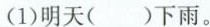
(1)明天( )下雨。